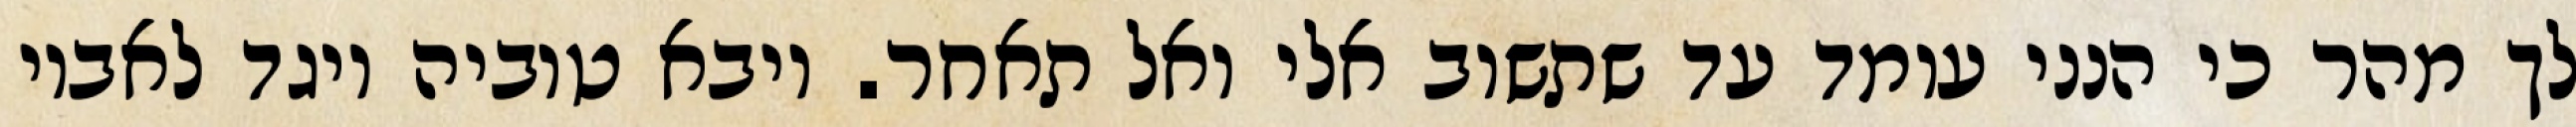
לך מהר כי הנני עומד עד שתשוב אלי ואל תאחר. ויבא טוביה ויגד לאביו